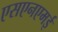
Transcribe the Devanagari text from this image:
एसएनएमई